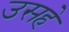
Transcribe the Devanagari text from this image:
उसहे